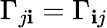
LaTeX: \Gamma_{j\mathbf{i}}=\Gamma_{\mathbf{i}j}